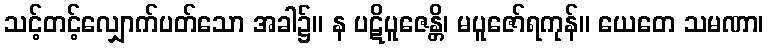
သင့်တင့်လျှောက်ပတ်သော အခါ၌။ န ပဋိပူဇေန္တိ၊ မပူဇော်ရကုန်။ ယေတေ သမဏာ၊